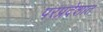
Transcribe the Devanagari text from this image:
परप्रदेशात